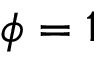
\phi = 1